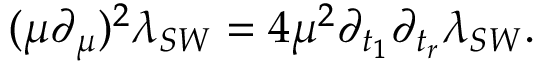
( \mu \partial _ { \mu } ) ^ { 2 } \lambda _ { S W } = 4 \mu ^ { 2 } \partial _ { t _ { 1 } } \partial _ { t _ { r } } \lambda _ { S W } .